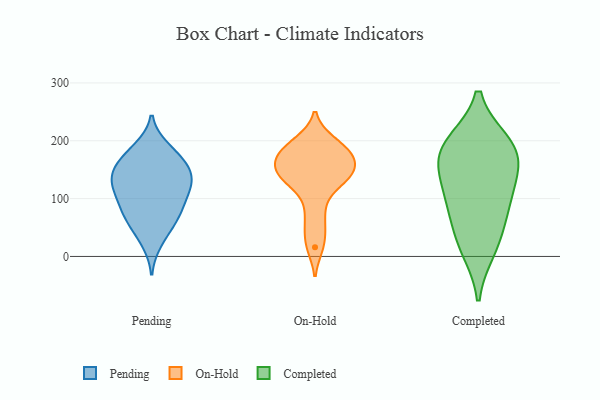
{"axis": {"x": "Churn Rate (%)", "y": "Value"}, "legend": ["Completed", "On-Hold", "Pending"], "data": [{"x": "", "y": 118, "type": "Pending"}, {"x": "", "y": 73, "type": "Pending"}, {"x": "", "y": 65, "type": "Pending"}, {"x": "", "y": 138, "type": "Pending"}, {"x": "", "y": 120, "type": "Pending"}, {"x": "", "y": 157, "type": "Pending"}, {"x": "", "y": 101, "type": "Pending"}, {"x": "", "y": 155, "type": "Pending"}, {"x": "", "y": 122, "type": "Pending"}, {"x": "", "y": 141, "type": "Pending"}, {"x": "", "y": 110, "type": "Pending"}, {"x": "", "y": 184, "type": "Pending"}, {"x": "", "y": 74, "type": "Pending"}, {"x": "", "y": 149, "type": "Pending"}, {"x": "", "y": 43, "type": "Pending"}, {"x": "", "y": 78, "type": "Pending"}, {"x": "", "y": 24, "type": "Pending"}, {"x": "", "y": 188, "type": "Pending"}, {"x": "", "y": 171, "type": "Pending"}, {"x": "", "y": 175, "type": "On-Hold"}, {"x": "", "y": 169, "type": "On-Hold"}, {"x": "", "y": 200, "type": "On-Hold"}, {"x": "", "y": 16, "type": "On-Hold"}, {"x": "", "y": 86, "type": "On-Hold"}, {"x": "", "y": 49, "type": "On-Hold"}, {"x": "", "y": 138, "type": "On-Hold"}, {"x": "", "y": 140, "type": "On-Hold"}, {"x": "", "y": 130, "type": "On-Hold"}, {"x": "", "y": 163, "type": "On-Hold"}, {"x": "", "y": 135, "type": "On-Hold"}, {"x": "", "y": 171, "type": "On-Hold"}, {"x": "", "y": 195, "type": "On-Hold"}, {"x": "", "y": 196, "type": "Completed"}, {"x": "", "y": 31, "type": "Completed"}, {"x": "", "y": 95, "type": "Completed"}, {"x": "", "y": 157, "type": "Completed"}, {"x": "", "y": 115, "type": "Completed"}, {"x": "", "y": 79, "type": "Completed"}, {"x": "", "y": 186, "type": "Completed"}, {"x": "", "y": 13, "type": "Completed"}, {"x": "", "y": 194, "type": "Completed"}, {"x": "", "y": 156, "type": "Completed"}]}